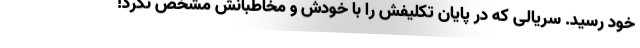
خود رسید. سریالی که در پایان تکلیفش را با خودش و مخاطبانش مشخص نکرد!